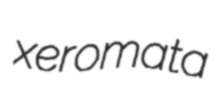
xeromata